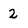
Character: 2